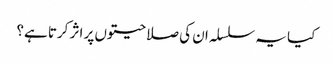
کیا یہ سلسلہ ان کی صلاحیتوں پر اثر کرتا ہے؟